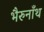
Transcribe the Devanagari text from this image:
भैरुनाँथ